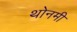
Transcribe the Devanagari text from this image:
थोनमी